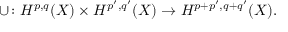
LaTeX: \cup \colon H ^ { p , q } ( X ) \times H ^ { p ^ { \prime } , q ^ { \prime } } ( X ) \rightarrow H ^ { p + p ^ { \prime } , q + q ^ { \prime } } ( X ) .